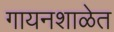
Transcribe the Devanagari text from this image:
गायनशाळेत